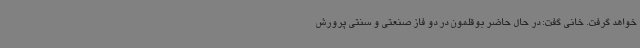
خواهد گرفت. خانی گفت: در حال حاضر بوقلمون در دو فاز صنعتی و سنتی پرورش